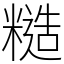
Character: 糙